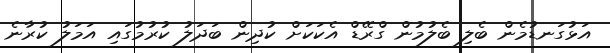
އަޅުގަނޑުމެން ބެލި ބެލުމުން ގްރޭޑް އެކަކަށް ކުދިން ބަދަލު ކުރުމުގައި އަމަލު ކުރާނެ